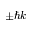
\pm \hbar k